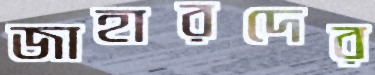
জাহারদের